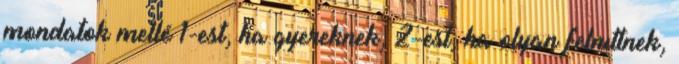
mondatok mellé 1-est, ha gyereknek, 2-est, ha olyan felnıttnek,